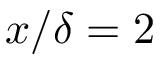
x / \delta = 2